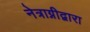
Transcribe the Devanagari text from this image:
नेत्राग्नीद्वारा